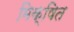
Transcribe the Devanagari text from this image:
मिक्षित